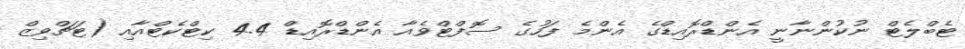
ޓެބްލެޓް ނުކުންނާނީ އެންޑްރޮއިޑްގެ އެންމެ ފަހުގެ ސޮފްޓްވެއާ އެންޑްރޮއިޑް 4.4 ކިޓްކެޓްއާއި (ޓަޗްވިޒް